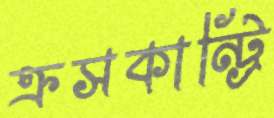
ক্রসকান্ট্রি